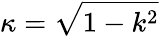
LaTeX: \kappa=\sqrt{1-k^{2}}